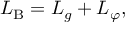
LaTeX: { \cal L } _ { \mathrm { B } } = { \cal L } _ { g } + { \cal L } _ { \varphi } ,